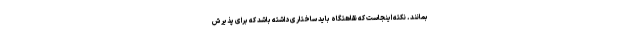
بمانند. نکته اینجاست که نقاهتگاه باید ساختاری داشته باشد که برای پذیرش